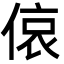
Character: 偯